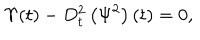
LaTeX: \Upsilon ( t ) - D _ { t } ^ { 2 } \left( \Psi ^ { 2 } \right) ( t ) = 0 ,